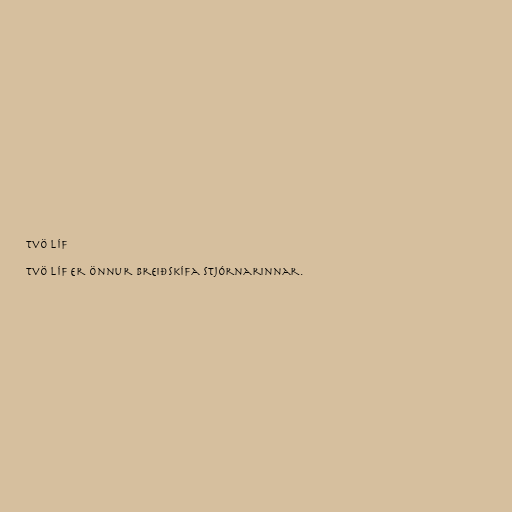
Tvö líf

Tvö líf er önnur breiðskífa Stjórnarinnar.